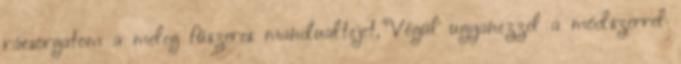
rácsorgatom a meleg fűszeres mandualtejet. Végül ugyanezzel a módszerrel